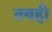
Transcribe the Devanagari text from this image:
तवही